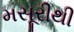
મસૂરીથી